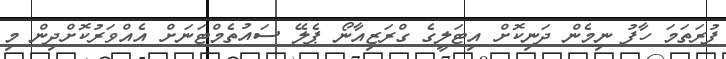
ފުރަތަމަ ހާފު ނިމެން ދަނިކޮށް އިޓަލީގެ ގްރަޒިއާނޯ ޕެލޭ ސައުތެމްޓަނަށް އެއްވަރުކޮށްދިން މި